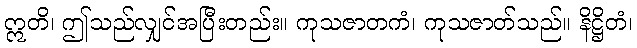
ဣတိ၊ ဤသည်လျှင်အပြီးတည်း။ ကုသဇာတကံ၊ ကုသဇာတ်သည်။ နိဋ္ဌိတံ၊